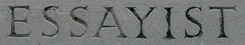
ESSAYIST